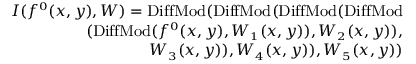
\small \begin{array} { r } { I ( f ^ { 0 } ( x , y ) , W ) = \mathrm { D i f f M o d } ( \mathrm { D i f f M o d } ( \mathrm { D i f f M o d } ( \mathrm { D i f f M o d } } \\ { ( \mathrm { D i f f M o d } ( f ^ { 0 } ( x , y ) , W _ { 1 } ( x , y ) ) , W _ { 2 } ( x , y ) ) , } \\ { W _ { 3 } ( x , y ) ) , W _ { 4 } ( x , y ) ) , W _ { 5 } ( x , y ) ) } \end{array}